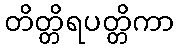
တိတ္တိရပတ္တိကာ